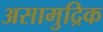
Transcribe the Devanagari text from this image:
असामुद्रिक